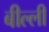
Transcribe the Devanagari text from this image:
बील्ली